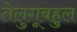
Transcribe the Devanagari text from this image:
तेलुगूबहुल